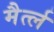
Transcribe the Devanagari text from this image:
मैर्त्ल